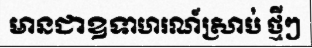
មានជាឧទាហរណ៍ស្រាប់ ថ្មីៗ